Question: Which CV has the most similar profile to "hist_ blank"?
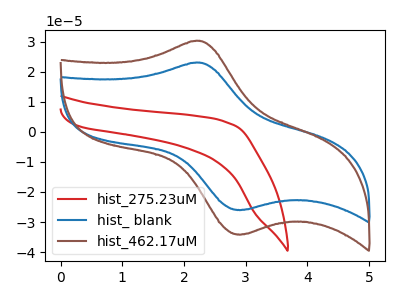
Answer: <think>The red curve "hist_275.23uM" has no peaks. The blue curve "hist_ blank" has an anodic peak at (2.25V, 23.10uA) and a cathodic peak at (2.95V, -25.95uA). The brown curve "hist_462.17uM" has an anodic peak at (2.25V, 30.35uA) and a cathodic peak at (2.95V, -34.10uA).
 "hist_275.23uM" and "hist_ blank" have a different number of peaks. "hist_275.23uM" and "hist_462.17uM" have a different number of peaks. All the peaks in "hist_ blank" have a peak in "hist_462.17uM" at the same potential. Every peak in "hist_ blank" is lower than every peak in "hist_462.17uM".</think>
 <answer>The CV with the most similar shape to "hist_462.17uM" is "hist_ blank".</answer>
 <eval>"hist_ blank"</eval>